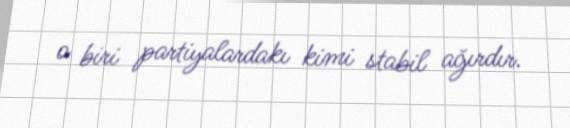
o biri partiyalardakı kimi stabil ağırdır.